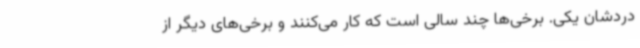
دردشان یکی. برخی‌ها چند سالی است که کار می‌کنند و برخی‌های دیگر از